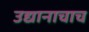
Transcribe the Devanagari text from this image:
उद्यानाचाच